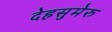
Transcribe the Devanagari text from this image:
देहसुमेरु